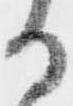
る